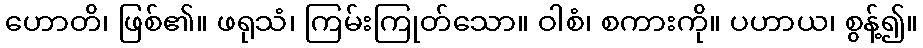
ဟောတိ၊ ဖြစ်၏။ ဖရုသံ၊ ကြမ်းကြုတ်သော။ ဝါစံ၊ စကားကို။ ပဟာယ၊ စွန့်၍။